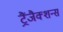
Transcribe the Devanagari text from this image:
ट्रैंजैक्शन्स